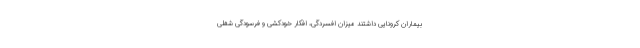
بیماران کرونایی داشتند میزان افسردگی، افکار خودکشی و فرسودگی شغلی